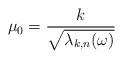
LaTeX: \begin{align*}\mu_0 = \frac{k}{\sqrt{\lambda_{k,n}(\omega)}}\end{align*}